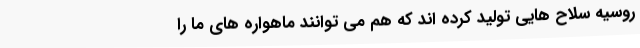
روسیه سلاح هایی تولید کرده اند که هم می توانند ماهواره های ما را